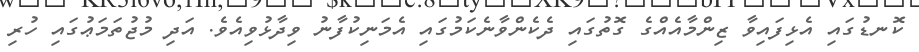
ކޮނޑުގައި އެޅިފައިވާ ޒިންމާއެއްގެ ގޮތުގައި ދެކެންވާނެކަމުގައި އެމަނިކުފާނު ވިދާޅުވިއެވެ. އަދި މުޖުތަމަޢުގައި ހުރި